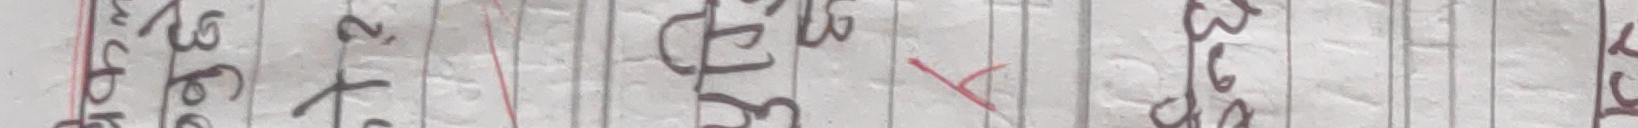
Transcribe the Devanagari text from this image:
चक्क,३६०.२

ओ ३